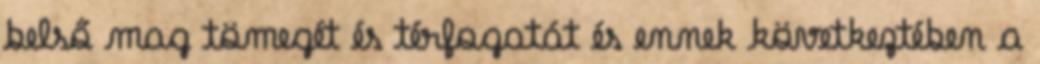
belső mag tömegét és térfogatát és ennek következtében a